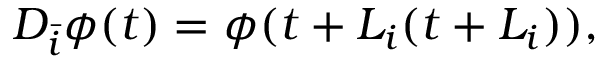
D _ { \bar { i } } \phi ( t ) = \phi ( t + L _ { i } ( t + L _ { i } ) ) ,